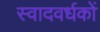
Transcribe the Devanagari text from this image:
स्वादवर्धकों